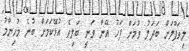
ލިވަޕޫލަށް ބަދަލު ވުމަށް ފަހު އޭނާ ވަނީ ބަލިވެ އުޅޭކަމަށް ބުނެ މުހިންމު